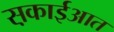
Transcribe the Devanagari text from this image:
स़काईआत